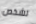
لشخص